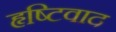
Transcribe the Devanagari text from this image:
हृष्टिवाद